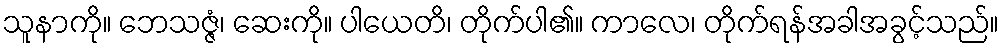
သူနာကို။ ဘေသဇ္ဇံ၊ ဆေးကို။ ပါယေတိ၊ တိုက်ပါ၏။ ကာလေ၊ တိုက်ရန်အခါအခွင့်သည်။